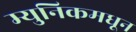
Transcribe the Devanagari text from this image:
म्युनिकमधून